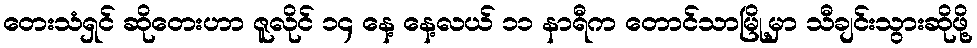
တေးသံရှင် ဆိုတေးဟာ ဇူလိုင် ၁၄ နေ့ နေ့လယ် ၁၁ နာရီက တောင်သာမြို့မှာ သီချင်းသွားဆိုဖို့